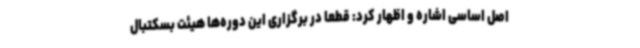
اصل اساسی اشاره و اظهار کرد: قطعا در برگزاری این دوره‌ها هیئت بسکتبال